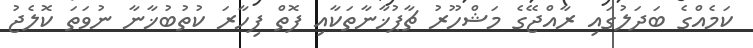
ކަމެއްގެ ބަދަލުގައި ރާއްޖޭގެ މަޝްހޫރު ޗާޕުޚާނާތަކާއި ފޮތް ފިހާރަ ކުތުބުޚާނާ ނުވަތަ ކޮލެޖު